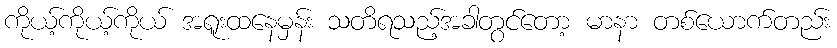
ကိုယ့်ကိုယ့်ကိုယ် အရူးထနေမှန်း သတိရသည့်အခါတွင်တော့ မာနာ တစ်ယောက်တည်း